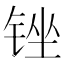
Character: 锉